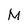
Character: M